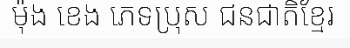
ម៉ុង ខេង ភេទប្រុស ជនជាតិខ្មែរ